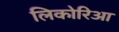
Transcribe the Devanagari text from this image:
लिकोरिआ